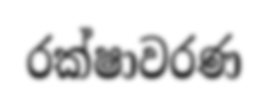
රක්ෂාවරණ